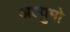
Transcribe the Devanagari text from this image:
अल्बुमो